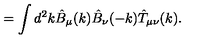
= \int d ^ { 2 } k \hat { B } _ { \mu } ( k ) \hat { B } _ { \nu } ( - k ) \hat { T } _ { \mu \nu } ( k ) .